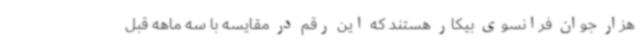
هزار جوان فرانسوی بیکار هستند که این رقم در مقایسه با سه ماهه قبل